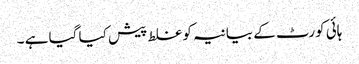
ہائی کورٹ کے بیانیہ کو غلط پیش کیا گیا ہے ۔